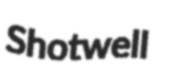
Shotwell